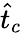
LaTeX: \hat{t}_{c}